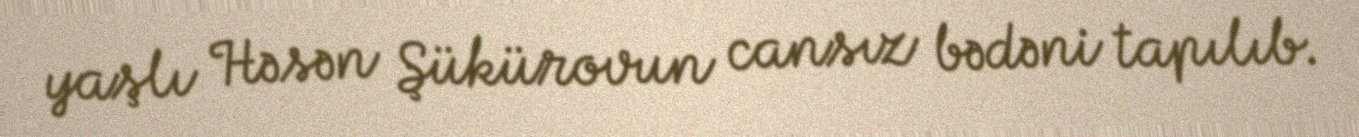
yaşlı Həsən Şükürovun cansız bədəni tapılıb.